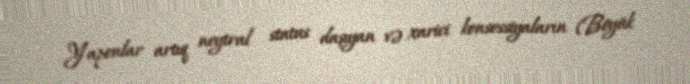
Yaponlar artıq neytral status daşıyan və xarici konsessiyaların (Böyük